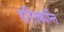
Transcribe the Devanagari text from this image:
हरितक्रांन्ति